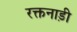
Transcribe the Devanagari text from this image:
रक्तनाड़ी